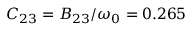
C _ { 2 3 } = B _ { 2 3 } / \omega _ { 0 } = 0 . 2 6 5